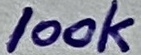
Text: 100k